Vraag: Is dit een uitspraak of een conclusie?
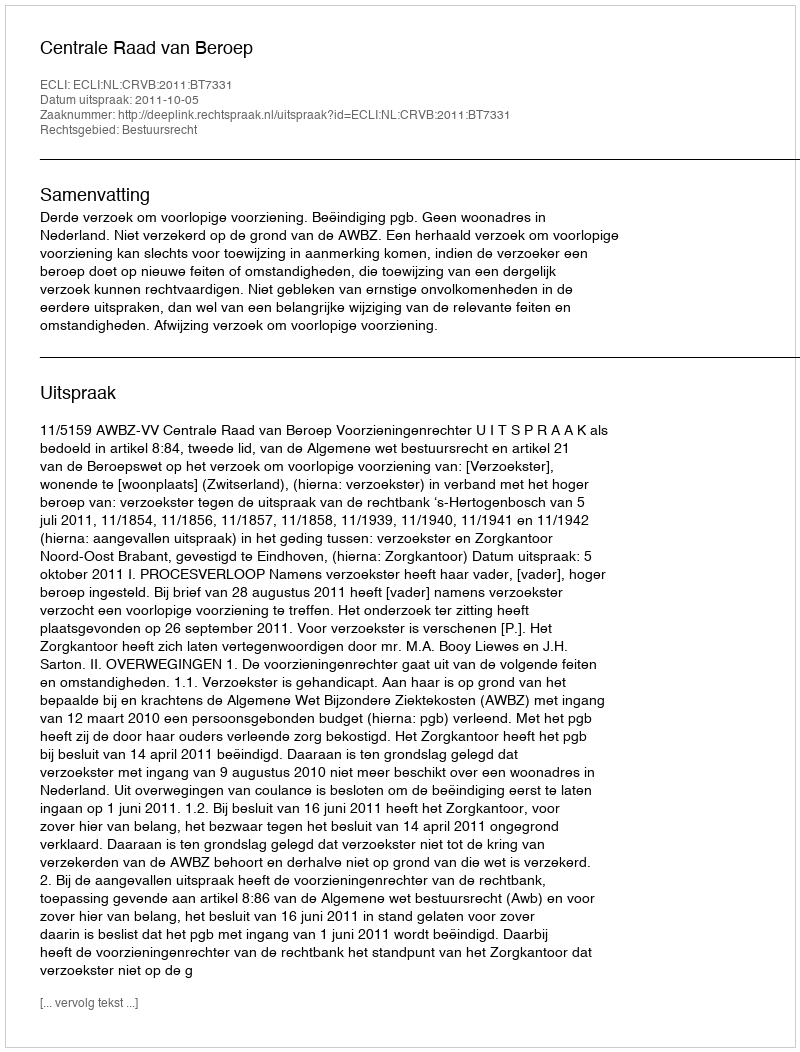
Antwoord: Uitspraak